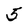
Character: 5